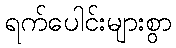
ရက်ပေါင်းများစွာ